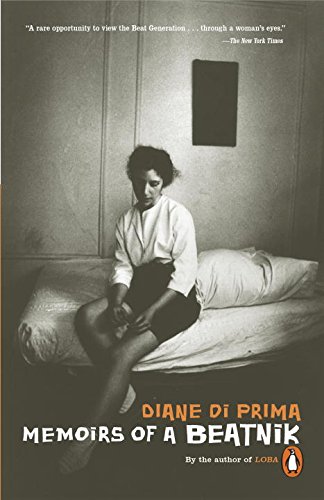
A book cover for Memoirs of a Beatnik; Diane DiPrima; Literature & Fiction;